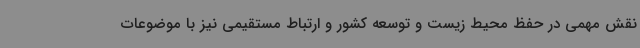
نقش مهمی در حفظ محیط زیست و توسعه کشور و ارتباط مستقیمی نیز با موضوعات